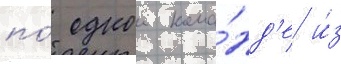
по́ однои кома́нд'е и́з